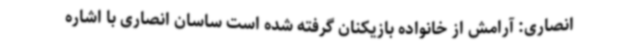
انصاری: آرامش از خانواده بازیکنان گرفته شده است ساسان انصاری با اشاره